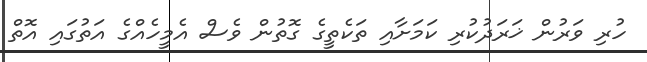
ހުރި ވަރުން ޚަރަދުކުރި ކަމަށާއި ތަކެތީގެ ގޮތުން ވެސް އެމީހެއްގެ އަތުގައި އޮތް